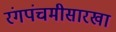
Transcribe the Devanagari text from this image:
रंगपंचमीसारखा